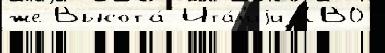
же Высота́ Ита́л'иjи КВО